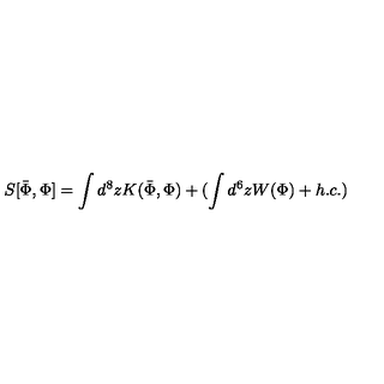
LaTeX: S [ \bar { \Phi } , \Phi ] = \int d ^ { 8 } z K ( \bar { \Phi } , \Phi ) + ( \int d ^ { 6 } z W ( \Phi ) + h . c . )